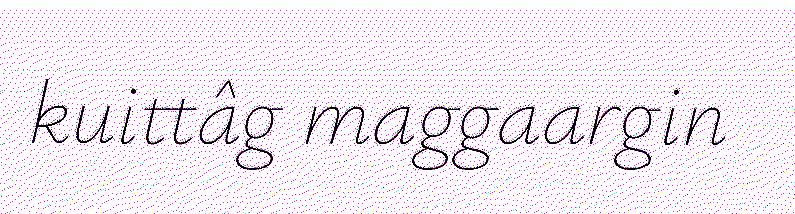
kuittâg maggaargin